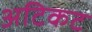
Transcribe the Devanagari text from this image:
अटिकट